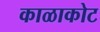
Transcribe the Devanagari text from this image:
काळाकोट